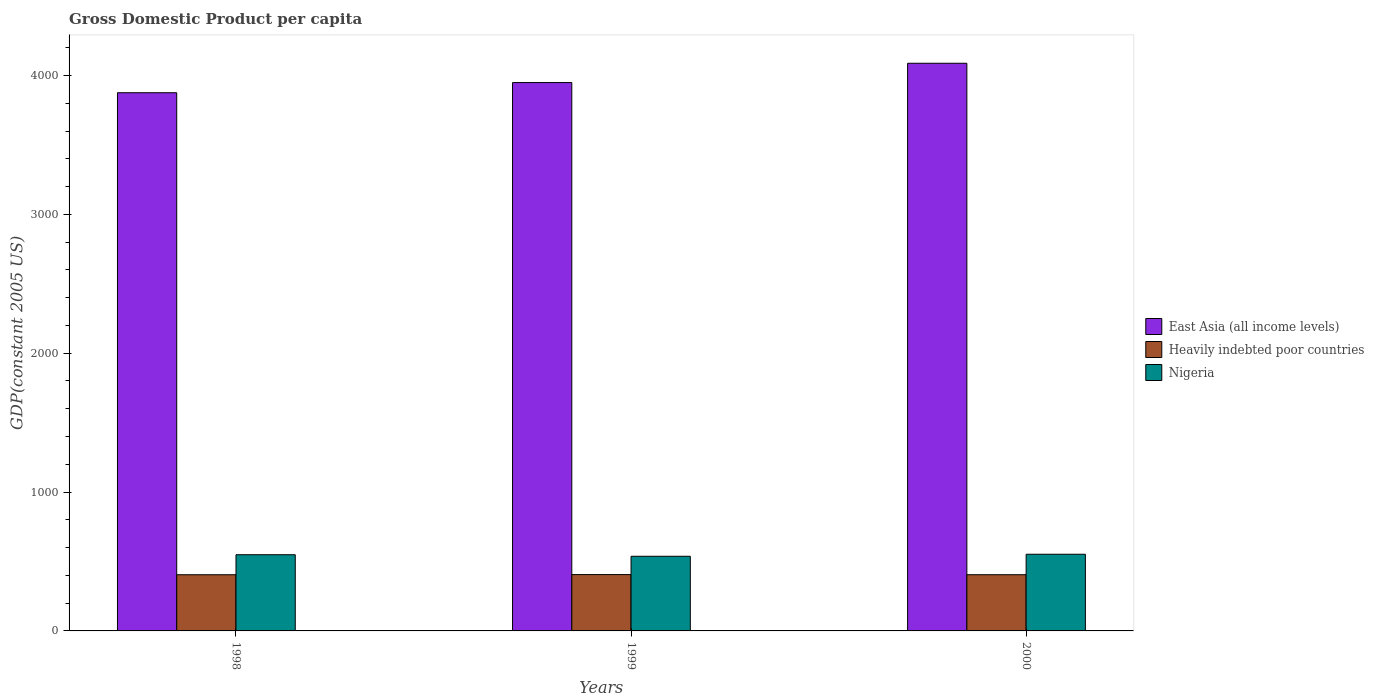
| Years | East Asia (all income levels) | Heavily indebted poor countries | Nigeria |
 | --- | --- | --- | --- |
 | 1998 | 3.88e+03 | 405 | 549 |
 | 1999 | 3.95e+03 | 406 | 538 |
 | 2000 | 4.09e+03 | 405 | 552 |